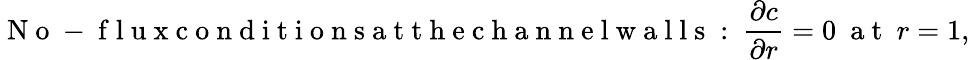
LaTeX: \mathrm{~N~o~-~f~l~u~x~c~o~n~d~i~t~i~o~n~s~a~t~t~h~e~c~h~a~n~n~e~l~w~a~l~l~s~:~}\frac{\partial c}{\partial r}=0~\mathrm{~a~t~}~r=1,